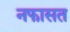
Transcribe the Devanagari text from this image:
नफासत